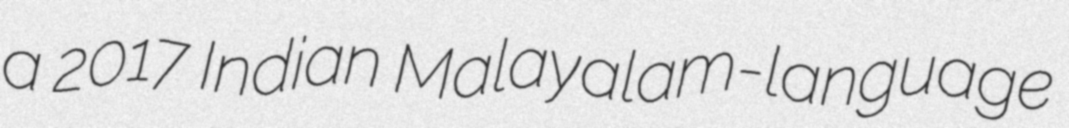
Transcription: a 2017 Indian Malayalam-language